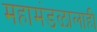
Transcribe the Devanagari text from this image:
महामंडळालाही